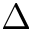
\Delta